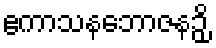
ဧကာသနဘောဇနဉှိ